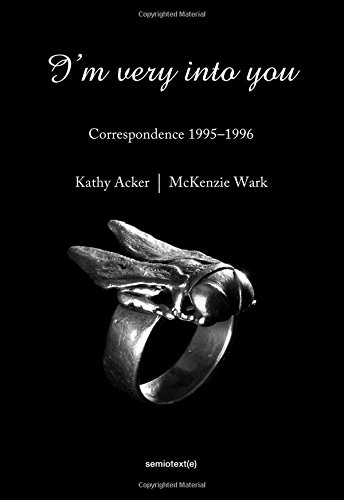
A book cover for I'm Very into You: Correspondence 1995--1996 (Semiotext(e)); Kathy Acker; Literature & Fiction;